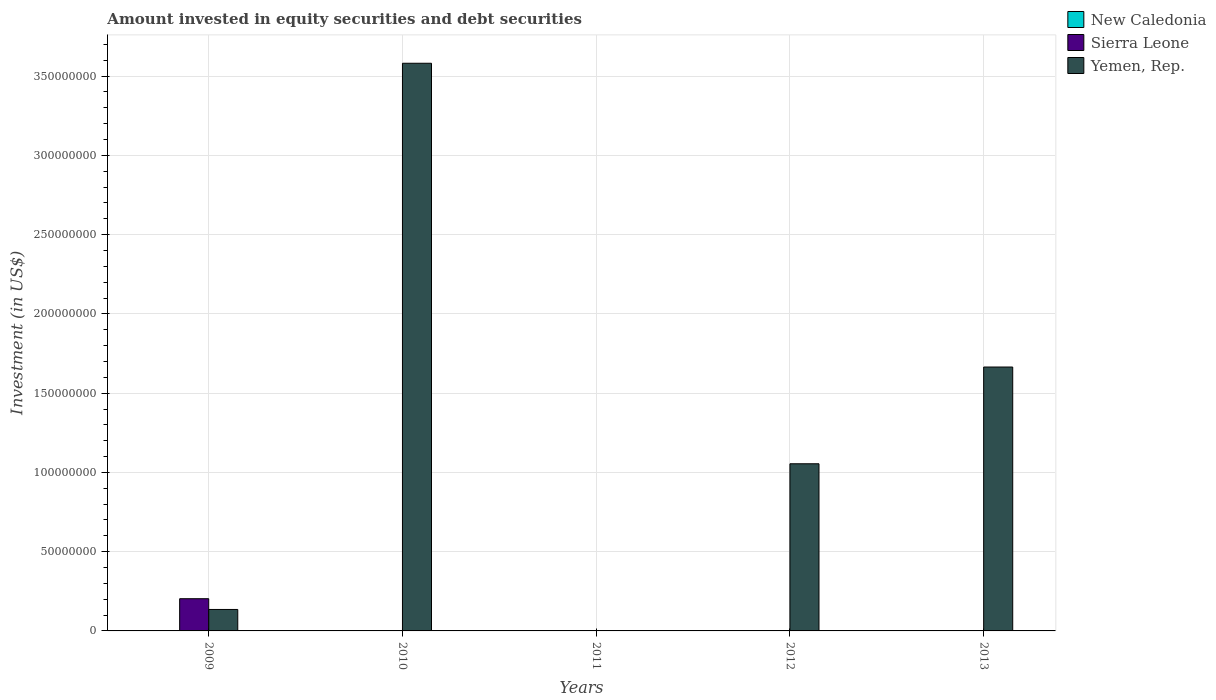
| Years | New Caledonia | Sierra Leone | Yemen, Rep. |
 | --- | --- | --- | --- |
 | 2009 | -1.69e+08 | 2.03e+07 | 1.35e+07 |
 | 2010 | -1.3e+08 | -1.82e+07 | 3.58e+08 |
 | 2011 | -7.53e+06 | -5.99e+07 | -1.15e+08 |
 | 2012 | -5.18e+07 | -7.47e+07 | 1.05e+08 |
 | 2013 | -4.81e+07 | -7.39e+07 | 1.66e+08 |